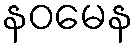
နဝမေန